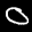
Label: 0